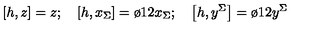
\left[ h , z \right] = z ; \quad \left[ h , x _ { \Sigma } \right] = { \o { 1 } { 2 } } x _ { \Sigma } ; \quad \left[ h , y ^ { \Sigma } \right] = { \o { 1 } { 2 } } y ^ { \Sigma }